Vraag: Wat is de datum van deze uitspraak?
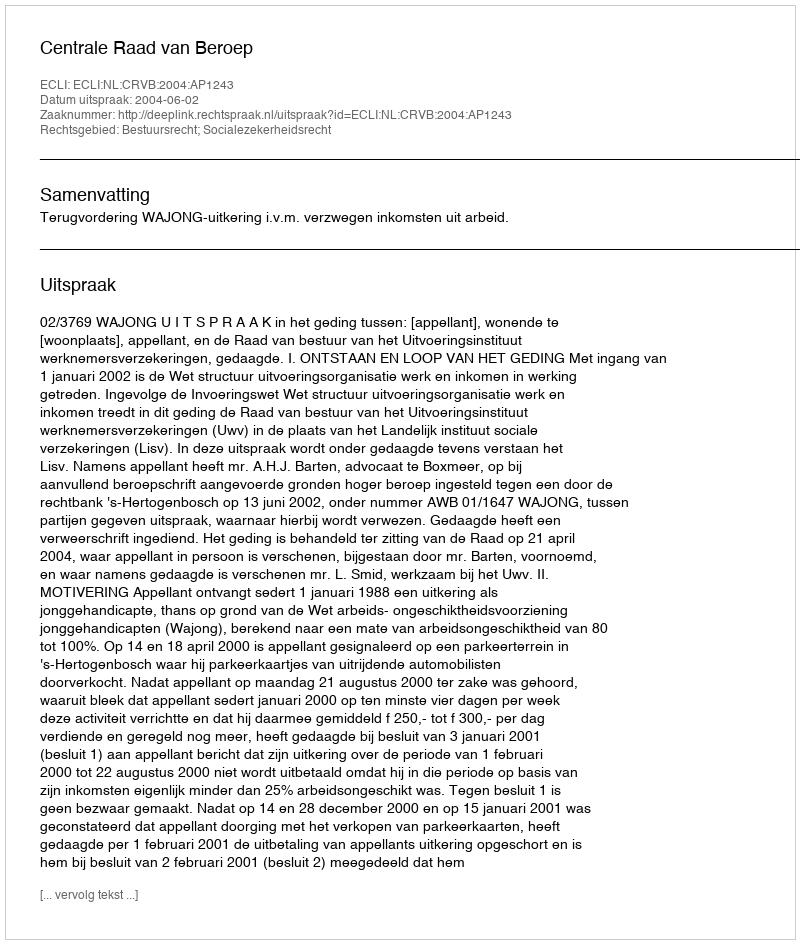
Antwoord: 2004-06-02